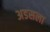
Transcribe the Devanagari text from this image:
अडसला